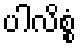
ပါလိစ္စံ